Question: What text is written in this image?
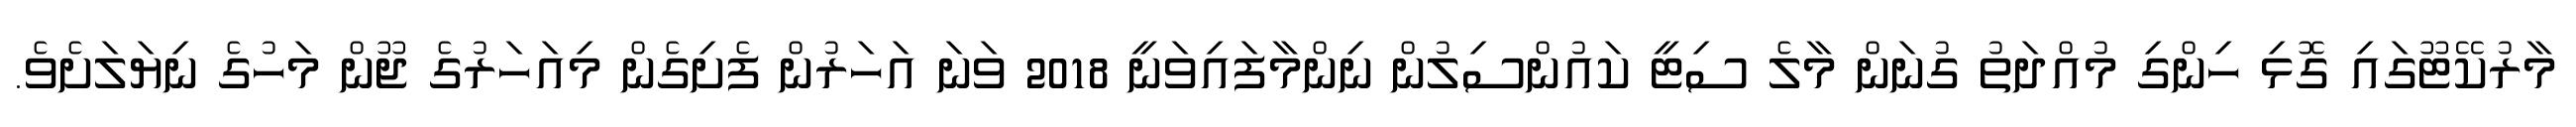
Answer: މާރުކޭޓޫގައި ގޮޅި ހިންގި މުއްދަތު ގުނަން މާލެ ސިޓީ ކައުންސިލުން ނިންމާފައިވަނީ 2018 ވަނަ އަހަރުން ފެށިގެން މިއަހަރުގެ ޖޫން މަހުގެ ނިޔަލަށެވެ.